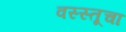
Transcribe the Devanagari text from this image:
वस्स्तूचा